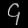
Digit: ၄